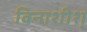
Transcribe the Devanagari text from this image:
विनाशीश्